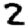
Digit: 2